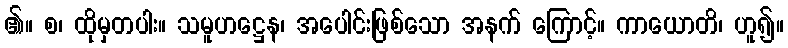
၏။ စ၊ ထိုမှတပါး။ သမူဟဋ္ဌေန၊ အပေါင်းဖြစ်သော အနက် ကြောင့်။ ကာယောတိ၊ ဟူ၍။